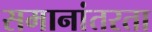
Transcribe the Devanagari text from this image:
समानांतरता